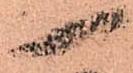
一